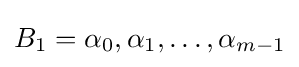
B_{1}={\alpha _{0},\alpha _{1},\ldots ,\alpha _{m-1}}